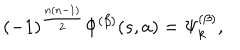
LaTeX: ( - 1 ) ^ { \frac { n ( n - 1 ) } { 2 } } \Phi ^ { ( \beta ) } ( s , a ) = \Psi _ { k } ^ { ( \beta ) } ,